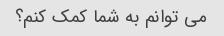
می توانم به شما کمک کنم؟